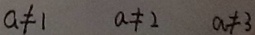
a \neq 1 a \neq 2 a \neq 3